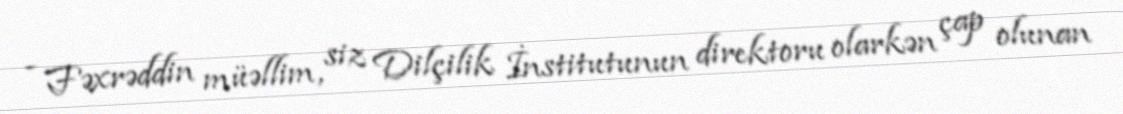
- Fəxrəddin müəllim, siz Dilçilik İnstitutunun direktoru olarkən çap olunan